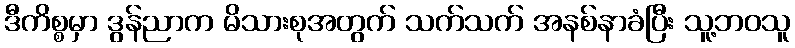
ဒီကိစ္စမှာ ဒွန်ညာက မိသားစုအတွက် သက်သက် အနစ်နာခံပြီး သူ့ဘဝသူ